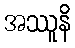
အဿူနိ